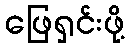
ဖြေရှင်းဖို့